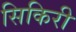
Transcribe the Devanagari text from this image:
सिकिरी